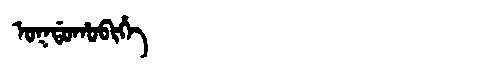
Manchu: ᠣᡴᡩᠣᡥᠣᠪᡳᡥᡝ
Romanization: OKDOHOBIHE